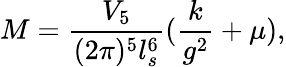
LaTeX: M={\frac{V_{5}}{(2\pi)^{5}l_{s}^{6}}}({\frac{k}{g^{2}}}+\mu),